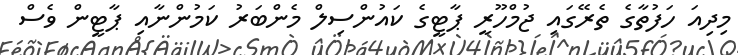
މިދިއަ ހަފުތާގެ ތެރޭގައި ޖުމްހޫރީ ޕާޓީގެ ކައުންސިލް މެންބަރު ކަމުންނާއި ޕާޓީން ވެސް